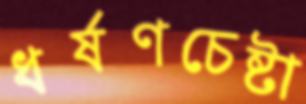
ধর্ষণচেষ্টা